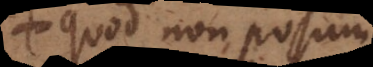
quod non possum